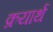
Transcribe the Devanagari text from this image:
क्रयार्थ